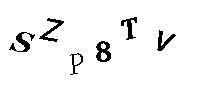
SZP8TV